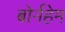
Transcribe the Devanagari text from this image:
बोर्नहेम